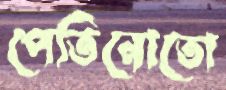
পেতিনোতো